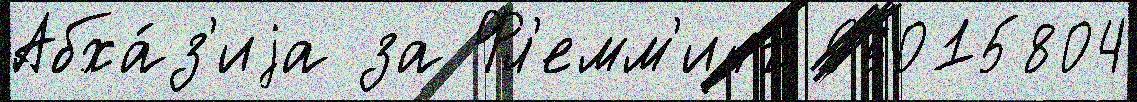
Абха́з'иjа за Фл'емм'инг 96015804